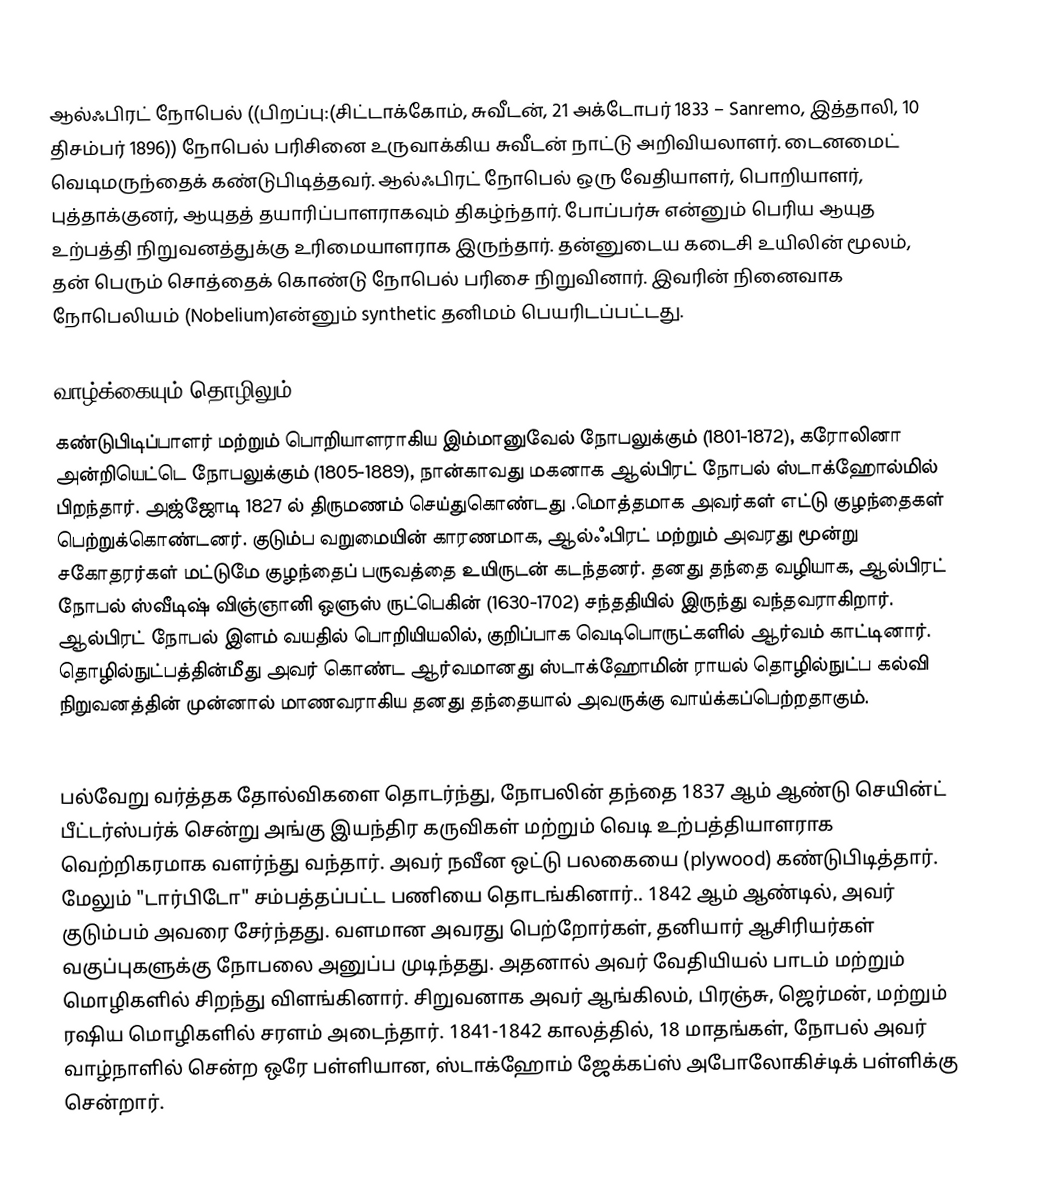
ஆல்ஃபிரட் நோபெல் ((பிறப்பு:(சிட்டாக்கோம், சுவீடன், 21 அக்டோபர் 1833 – Sanremo, இத்தாலி, 10 திசம்பர் 1896)) நோபெல் பரிசினை உருவாக்கிய சுவீடன் நாட்டு அறிவியலாளர். டைனமைட் வெடிமருந்தைக் கண்டுபிடித்தவர். ஆல்ஃபிரட் நோபெல் ஒரு வேதியாளர், பொறியாளர், புத்தாக்குனர், ஆயுதத் தயாரிப்பாளராகவும் திகழ்ந்தார். போப்பர்சு என்னும் பெரிய ஆயுத உற்பத்தி நிறுவனத்துக்கு உரிமையாளராக இருந்தார். தன்னுடைய கடைசி உயிலின் மூலம், தன் பெரும் சொத்தைக் கொண்டு நோபெல் பரிசை நிறுவினார். இவரின் நினைவாக நோபெலியம் (Nobelium)என்னும் synthetic தனிமம் பெயரிடப்பட்டது.

வாழ்க்கையும் தொழிலும்
கண்டுபிடிப்பாளர் மற்றும் பொறியாளராகிய இம்மானுவேல் நோபலுக்கும் (1801-1872),   கரோலினா  அன்றியெட்டெ  நோபலுக்கும் (1805-1889), நான்காவது மகனாக ஆல்பிரட் நோபல் ஸ்டாக்ஹோல்மில்  பிறந்தார். அஜ்ஜோடி 1827 ல் திருமணம் செய்துகொண்டது .மொத்தமாக அவர்கள் எட்டு குழந்தைகள் பெற்றுக்கொண்டனர். குடும்ப வறுமையின் காரணமாக, ஆல்ஃபிரட் மற்றும் அவரது மூன்று சகோதரர்கள் மட்டுமே குழந்தைப் பருவத்தை உயிருடன் கடந்தனர். தனது தந்தை வழியாக, ஆல்பிரட் நோபல் ஸ்வீடிஷ் விஞ்ஞானி ஒளுஸ்  ருட்பெகின்  (1630-1702) சந்ததியில் இருந்து வந்தவராகிறார். ஆல்பிரட் நோபல் இளம் வயதில் பொறியியலில், குறிப்பாக வெடிபொருட்களில் ஆர்வம் காட்டினார். தொழில்நுட்பத்தின்மீது அவர் கொண்ட ஆர்வமானது  ஸ்டாக்ஹோமின்  ராயல் தொழில்நுட்ப  கல்வி நிறுவனத்தின் முன்னால் மாணவராகிய தனது தந்தையால் அவருக்கு வாய்க்கப்பெற்றதாகும்.

பல்வேறு வர்த்தக தோல்விகளை தொடர்ந்து, நோபலின் தந்தை 1837 ஆம் ஆண்டு செயின்ட் பீட்டர்ஸ்பர்க் சென்று அங்கு இயந்திர கருவிகள் மற்றும் வெடி உற்பத்தியாளராக வெற்றிகரமாக வளர்ந்து வந்தார். அவர் நவீன ஒட்டு பலகையை (plywood) கண்டுபிடித்தார். மேலும் "டார்பிடோ" சம்பத்தப்பட்ட பணியை தொடங்கினார்.. 1842 ஆம் ஆண்டில், அவர் குடும்பம் அவரை சேர்ந்தது. வளமான அவரது பெற்றோர்கள், தனியார் ஆசிரியர்கள் வகுப்புகளுக்கு நோபலை அனுப்ப முடிந்தது. அதனால் அவர் வேதியியல் பாடம் மற்றும் மொழிகளில் சிறந்து விளங்கினார். சிறுவனாக அவர் ஆங்கிலம், பிரஞ்சு, ஜெர்மன், மற்றும் ரஷிய மொழிகளில் சரளம் அடைந்தார். 1841-1842 காலத்தில், 18 மாதங்கள், நோபல் அவர் வாழ்நாளில் சென்ற ஒரே பள்ளியான, ஸ்டாக்ஹோம் ஜேக்கப்ஸ் அபோலோகிச்டிக் பள்ளிக்கு சென்றார்.